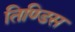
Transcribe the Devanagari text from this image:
तिण्डिस